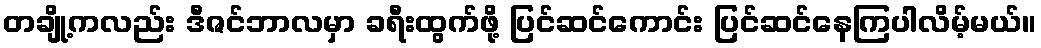
တချို့ကလည်း ဒီဇင်ဘာလမှာ ခရီးထွက်ဖို့ ပြင်ဆင်ကောင်း ပြင်ဆင်နေကြပါလိမ့်မယ်။